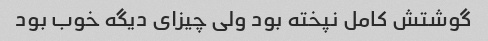
گوشتش کامل نپخته بود ولی چیزای دیگه خوب بود